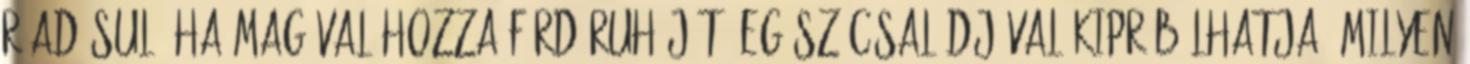
ráadásul, ha magával hozza fürdőruháját, egész családjával kipróbálhatja, milyen